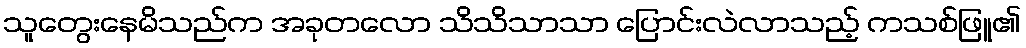
သူတွေးနေမိသည်က အခုတလော သိသိသာသာ ပြောင်းလဲလာသည့် ကသစ်ဖြူ၏